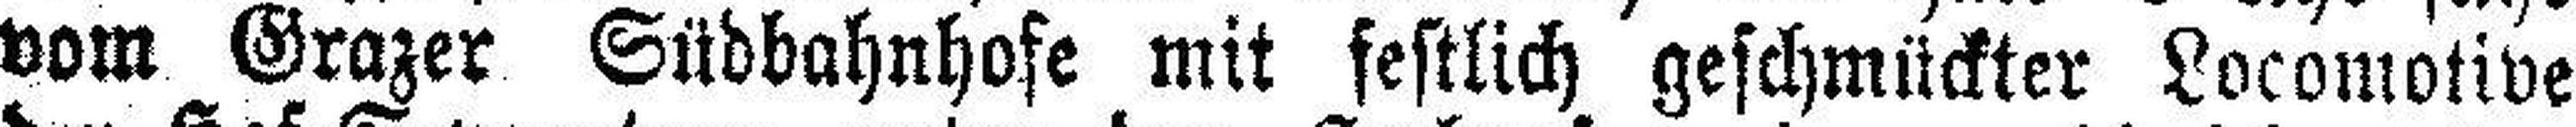
vom Grazer Südbahnhofe mit festlich geschmückter Locomotive